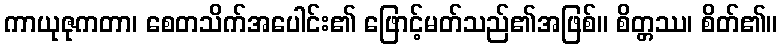
ကာယုဇုကတာ၊ စေတသိက်အပေါင်း၏ ဖြောင့်မတ်သည်၏အဖြစ်။ စိတ္တဿ၊ စိတ်၏။